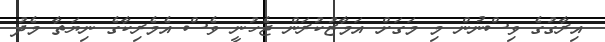
އިރާގުގެ ވިސްނުން މި މަގަށް އަމާޒުކުރަން ޖެހުނީ ވެސް އެމެރިކާގެ ނިޔަތާ މެދު